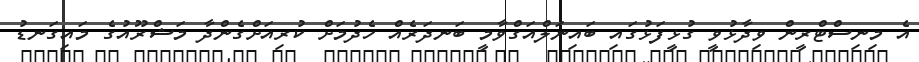
އެ މިނިސްޓްރީން ވިދާޅުވީ ގުޅީފަޅުގައި ބައިނަލްއަގްވާމީ ބަނދަރެއް ހެދުމަށް ކުރިއަށްގެންދާ މަޝްރޫއުގެ މައިގަނޑު